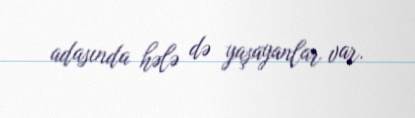
adasında hələ də yaşayanlar var.